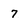
Character: 7